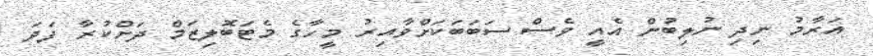
އަރާމު ނިދި ނުލިބުން އެއީ ވެސް ސަބަބަކަށްވާއިރު މީހާގެ މެޓަބޮލިޒަމް ދަށްކުރާ ފަދަ